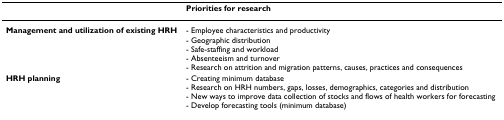
|  | Priorities for research |
 | --- | --- |
 | Management and utilization of existing HRH | - Employee characteristics and productivity- Geographic distribution- Safe-staffing and workload- Absenteeism and turnover- Research on attrition and migration patterns, causes, practices and consequences |
 | HRH planning | - Creating minimum database- Research on HRH numbers, gaps, losses, demographics, categories and distribution- New ways to improve data collection of stocks and flows of health workers for forecasting- Develop forecasting tools (minimum database) |